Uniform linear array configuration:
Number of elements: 32
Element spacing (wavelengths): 0.25
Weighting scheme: uniform
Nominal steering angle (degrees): -60
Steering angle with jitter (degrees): -60.893
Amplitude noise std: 0.05
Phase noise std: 0.05

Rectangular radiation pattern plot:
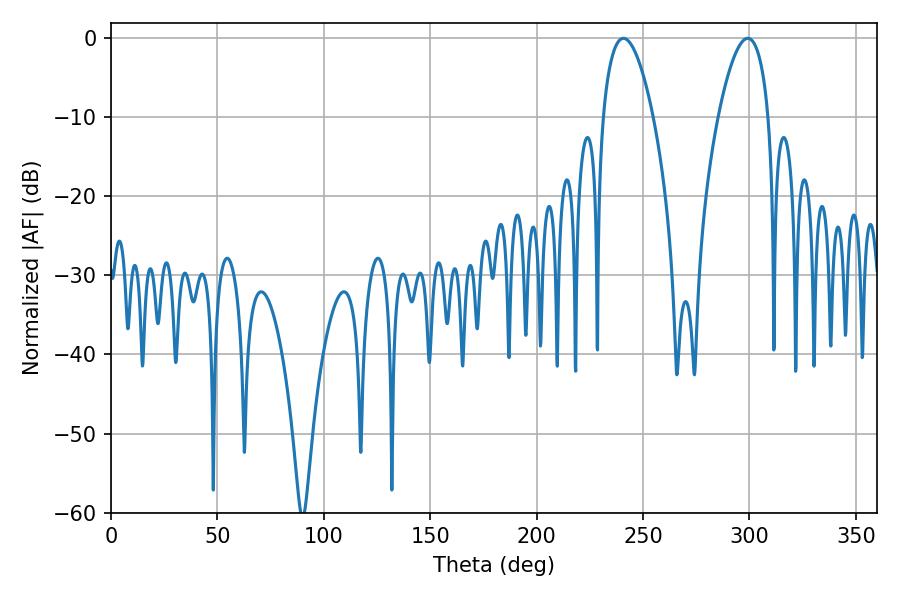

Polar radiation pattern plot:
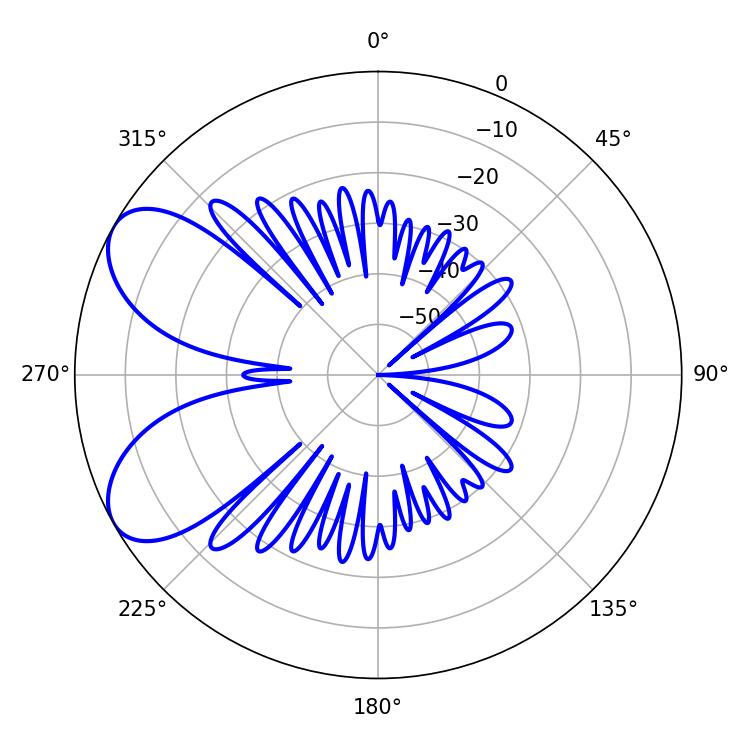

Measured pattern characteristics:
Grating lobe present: FALSE
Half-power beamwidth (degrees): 13.14
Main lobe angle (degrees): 240.84